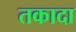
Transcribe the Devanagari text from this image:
तकादा